Medical and sanitary report of the native army of Bengal for the year
Year: 1877
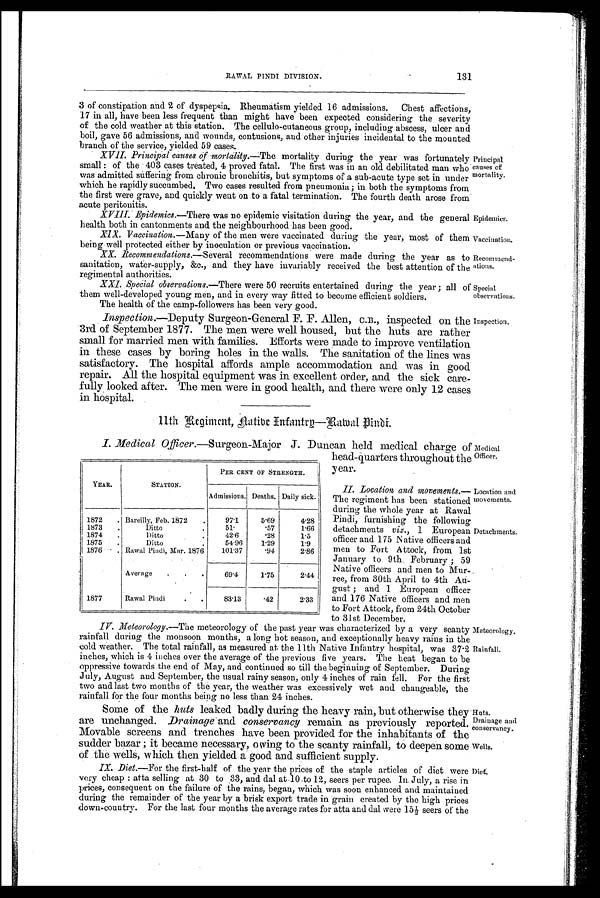
Epidemics.
Vaccination.
Recommend-
ations.
Special
observations.
Inspection.
RAWAL PINDI DIVISION.
131
3
of constipation and 2 of dyspepsia. Rheumatism yielded 16 admissions. Chest affections,
17 in have been less frequent than might have been expected considering the severity
of the cold weather at this station. The cellulo-cutaneous group, including abscess, ulcer and
boil, gave 56 admissions, and wounds, contusions, and other injuries incidental to the mounted
branch of the service, yielded 59 cases.
XVII. Principal causes of mortality.—The
mortality during the year was fortunately
small : of the 403 cases treated, 4 proved fatal. The first was in an old debilitated man who
was admitted suffering from chronic bronchitis, but symptoms of a sub-acute type set in under
which he rapidly succumbed. Two cases resulted from pneumonia; in both the symptoms from
the first were grave, and quickly went on to a fatal termination. The fourth death arose from
acute peritonitis.
XVIII. Epidemics.—There was no epidemic visitation during the year, and the general
health both in cantonments and the neighbourhood has been good.
XIX. Vaccination.— Many of the men were vaccinated during the year, most of them
being well protected either by inoculation or previous vaccination.
XX.
Recommendations.— Several recommendations were made during the year as to
sanitation, water-supply, &c., and they have invariably received the best attention of the
regimental authorities.
XXI. Special observations.— There w e r e 5 0 r e c r u i t s e n t e r t a i n e d d u r i n g t h e y e a r ; a l l o f
them well-developed young men, and in every way fitted to become efficient soldiers.
The health of the camp-followers has been very good.
Inspection.—Deputy Surgeon-General F. F. Allen, C.B., inspected on the
3rd of September 1877. The men were well housed, but the huts are rather
small for married men with. families. Efforts were made to improve ventilation
in these cases by boring holes in the walls. The sanitation of the lines was
satisfactory. The hospital affords ample accommodation and was in good
repair. All the hospital equipment was in excellent order, and the sick care-
fully looked after. The men were in good health, and there were only 12 cases
in hospital.
Principal
causes of
mortality.
11th Regiment, Aatibe Infantry—Rawal Pindi.
I. Medical Officer .—Surgeon-Major J. Duncan held medical charge of
head-quarters throughout the
year.
II. Location and movements.—
The regiment has been stationed
during the whole year at Rawal
Pindi, furnishing the following
detachments viz., 1 European
officer and 175 Native officers and
men to Fort Attock, from 1st
January to 9th. February; 59
Native officers and men to Mur-
ree, from 30th April to 4th Au-
gust ; and 1 European officer
and 176 Native officers and men
to Fort Attock, from 24th October
to 31st December.
V. Meteorology.—The
meteorology of the past year was characterized by a very scanty
rainfall during the monsoon months, a long hot season, and exceptionally heavy rains in the
cold weather. The total rainfall, as measured at. the 11th Native Infantry hospital, was 37.2
inches, which is 4 inches over. the average of the previous five years. The heat began to be
oppressive towards the end of May, and continued so till the beginning of September. During
July, August and September, the usual rainy season, only 4 inches of rain fell. For the first
two and last two months of the year, the weather was excessively. wet and changeable, the
rainfall for the four months being no less than 24 inches.
Some of the huts leaked badly during the heavy rain, but otherwise they
are unchanged. Drainage and conservancy remain as previously reported.
Movable screens and trenches have been provided for the inhabitants of the
sudden bazar ; it became necessary, owing to the scanty rainfall, to deepen some
of the wells, which then yielded a good and sufficient supply.
IX. Diet.— For the first-half of the year the prices of the staple articles of diet were
very cheap : atta selling at 30 to 33, and dal at 10 to 12, seers per rupee. In July, a rise in
prices, consequent on the failure of the rains, began, which was soon enhanced and maintained
during the remainder of the year by a brisk export trade in grain created by the high prices
down-country. For the last four months the average rates for atta and dal were 15½ seers of the
YEAR.
STATION.
PER CENT OF STRENGTH
Admissions. Deaths. Daily sick.
1872
. Bareilly, Feb. 1872
.
97.1
5.69
4.28
1873
.
Ditto
51.
.57
1.66
1874
.
Ditto
42.6
.28
1.5
1875
.
D i t t o
54.96
1.29
1.9
1876
. Rawal Pindi, Mar. 1876.
101.37
.94
2.86
Average
.
.
.
69.4
1.75
2.44
1877
Rawal Pindi
.
83.13
.42
2.33
Medical
Officer.
Location and
movements.
Detachments.
Meteorology.
Rainfall.
Huts.
Drainage and
Conservancy.
Wells.
Diet.